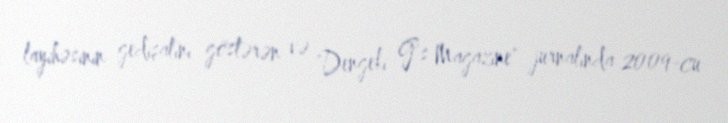
layihəsinin gedişatını göstərən və "Dengeki G's Magazine" jurnalında 2009-cu